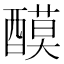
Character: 𨢢